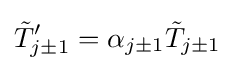
{\tilde {T}}_{j\pm 1}^{\prime }=\alpha _{j\pm 1}{\tilde {T}}_{j\pm 1}